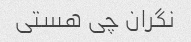
نگران چی هستی